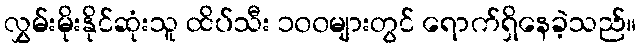
လွှမ်းမိုးနိုင်ဆုံးသူ ထိပ်သီး ၁၀၀များတွင် ရောက်ရှိနေခဲ့သည်။